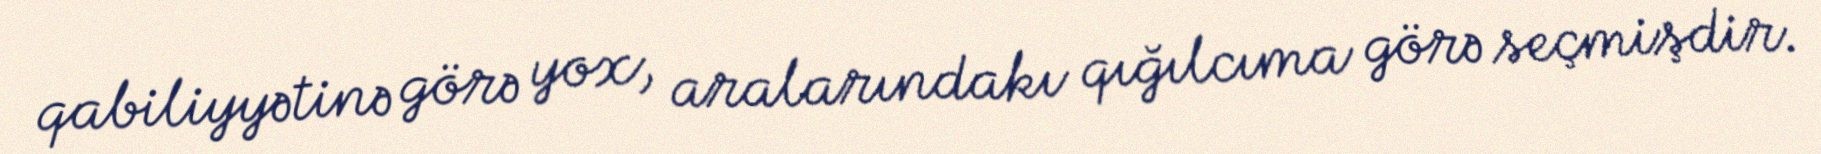
qabiliyyətinə görə yox, aralarındakı qığılcıma görə seçmişdir.